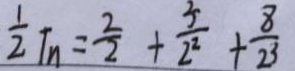
\frac { 1 } { 2 } T _ { n } = \frac { 2 } { 2 } + \frac { 3 } { 2 ^ { 2 } } + \frac { 8 } { 2 ^ { 3 } }